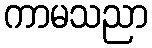
ကာမသညာ